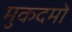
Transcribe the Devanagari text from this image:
मुकदमो